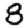
Digit: 8